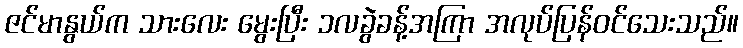
ဇင်မာနွယ်က သားလေး မွေးပြီး ၁လခွဲခန့်အကြာ အလုပ်ပြန်ဝင်သေးသည်။